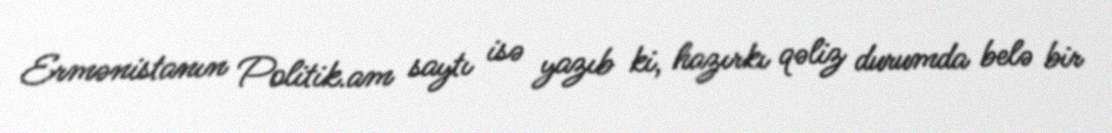
Ermənistanın Politik.am saytı isə yazıb ki, hazırkı qəliz durumda belə bir